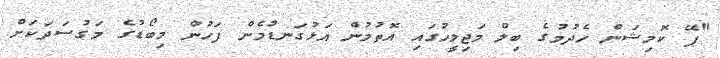
"ޕޭ ކޮމިޝަން ހެދުމުގެ ބިލް މަޖިލީހުގައި އޮތުމުން އަޅުގަނޑުމެން ފަހުން މިބޯޑުގެ މަގުސަދަކަށް